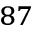
^ { 8 7 }